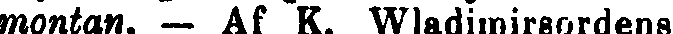
montan. — Af K. Wladimirsordens